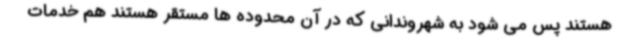
هستند پس می شود به شهروندانی که در آن محدوده ها مستقر هستند هم خدمات